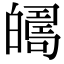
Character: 𤾦